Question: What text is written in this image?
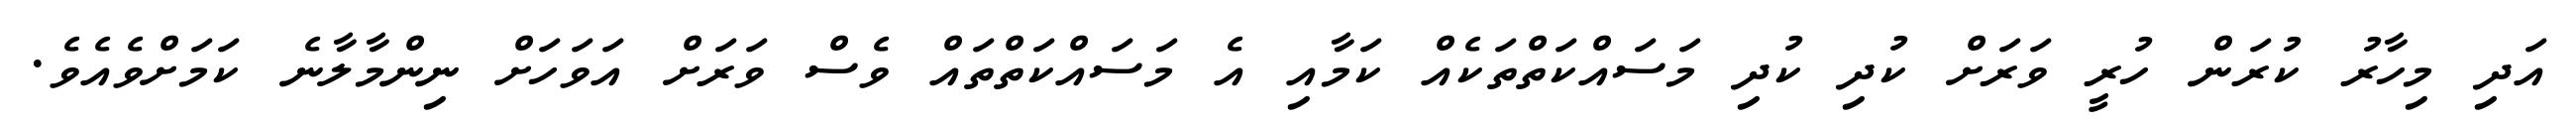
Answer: އަދި މިހާރު ކުރަން ހުރީ ވަރަށް ކުދި ކުދި މަސައްކަތްތަކެއް ކަމާއި އެ މަސައްކަތްތައް ވެސް ވަރަށް އަވަހަށް ނިންމާލާނެ ކަމަށްވެއެވެ.